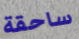
ساحقة